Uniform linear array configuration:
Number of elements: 8
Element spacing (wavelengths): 0.25
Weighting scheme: hann
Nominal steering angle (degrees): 60
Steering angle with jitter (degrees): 58.913
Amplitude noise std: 0.05
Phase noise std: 0.05

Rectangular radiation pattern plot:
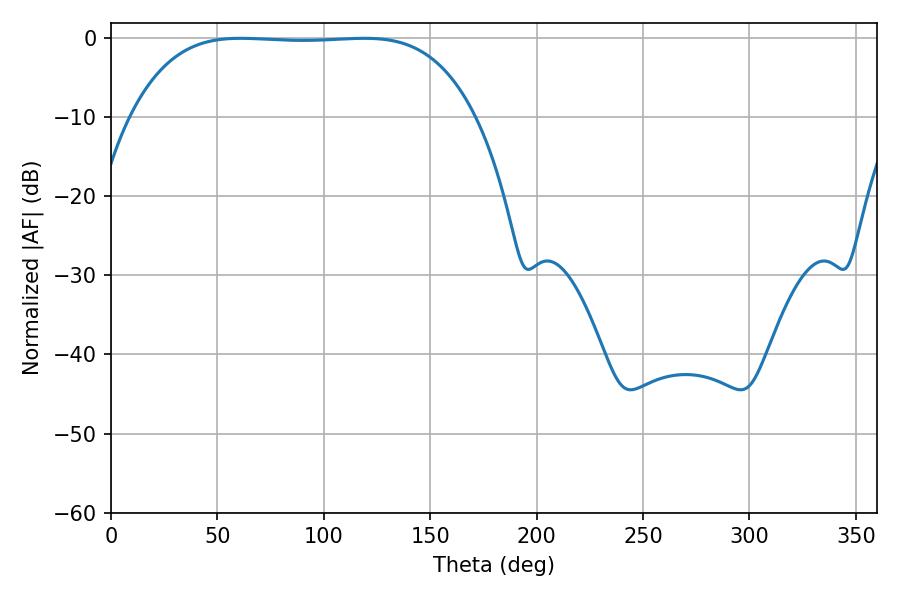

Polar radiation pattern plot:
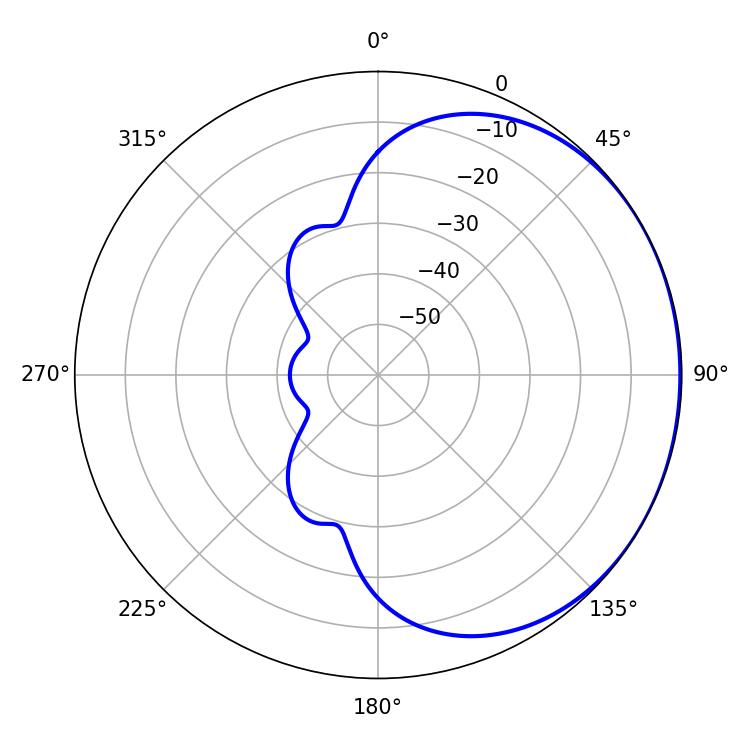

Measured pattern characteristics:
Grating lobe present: FALSE
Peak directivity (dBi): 0.708
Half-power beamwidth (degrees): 125.28
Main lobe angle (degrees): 60.84